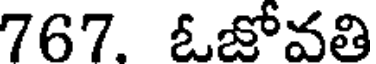
767. ఓజోవతి